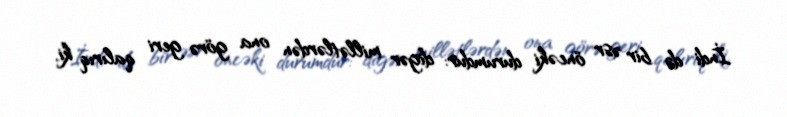
İndi də bir əsr öncəki durumdur: digər millətlərdən ona görə geri qalırıq ki,